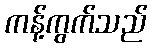
ကန့်ကွက်သည်